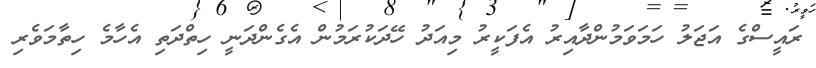
ރައީސްގެ އަޖަލު ހަމަވަމުންދާއިރު އެފަކީރު މިއަދު ހޭދަކުރަމުން އެގެންދަނީ ހިތްދަތި އެހާމެ ހިތާމަވެރި